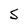
Character: s